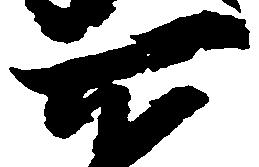
所